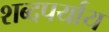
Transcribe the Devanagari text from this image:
शब्दपर्याय